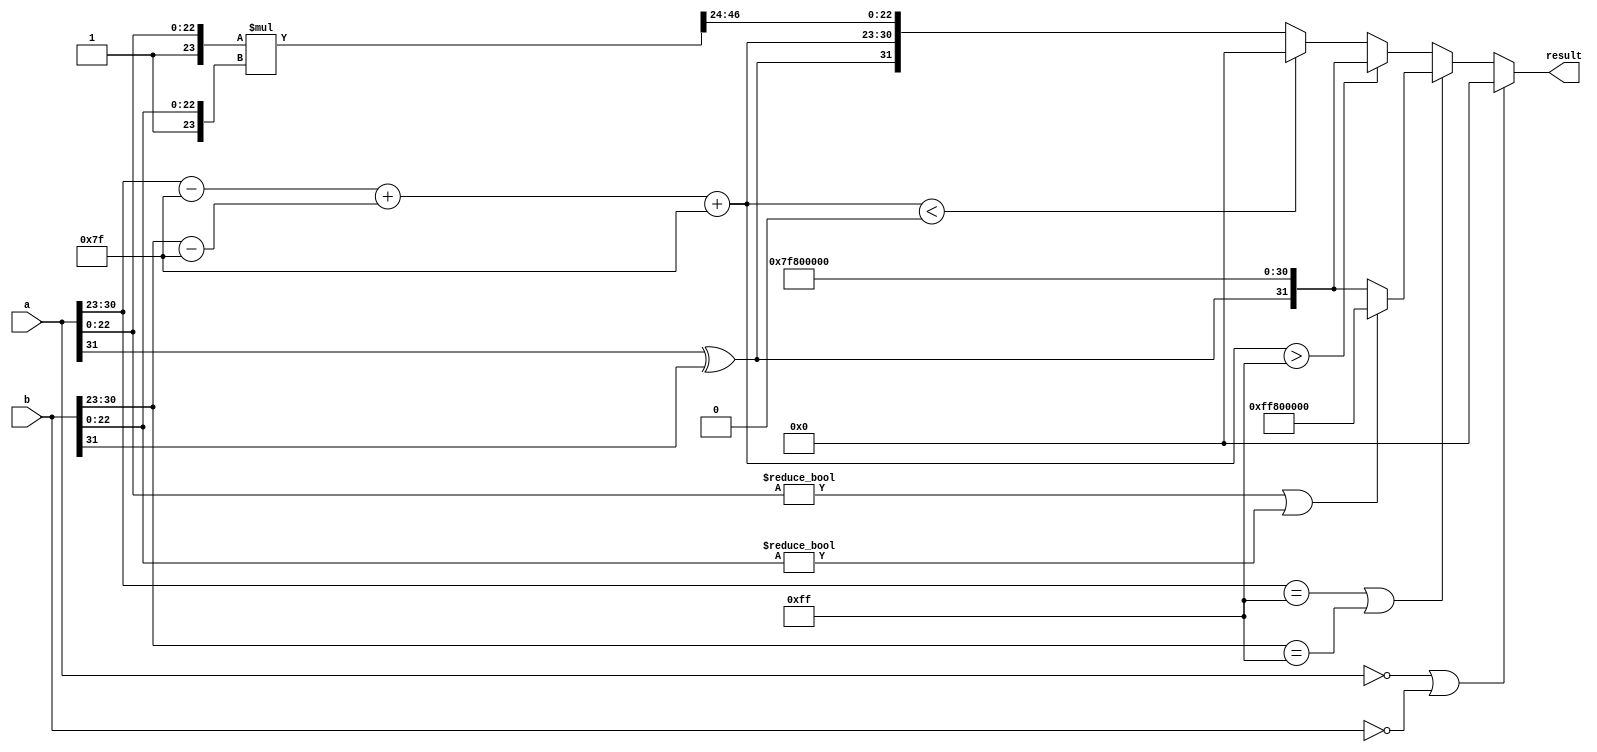
module floating_point_multiplier (
    input  wire [31:0] a, // First floating-point input
    input  wire [31:0] b, // Second floating-point input
    output reg  [31:0] result // Resulting floating-point output
);

    // Constants
    localparam EXPONENT_BIAS = 127;
    localparam EXPONENT_MAX = 255;
    localparam EXPONENT_MIN = 0;

    // Internal signals
    wire sign_a, sign_b, sign_result;
    wire [7:0] exp_a, exp_b, exp_result;
    wire [22:0] mant_a, mant_b;
    wire [47:0] mant_result; // 23 + 23 + 1 for the implicit leading bit
    wire [7:0] exp_a_adjusted, exp_b_adjusted;

    // Extract sign, exponent, and mantissa
    assign sign_a = a[31];
    assign exp_a = a[30:23];
    assign mant_a = a[22:0];

    assign sign_b = b[31];
    assign exp_b = b[30:23];
    assign mant_b = b[22:0];

    // Adjust exponents
    assign exp_a_adjusted = exp_a - EXPONENT_BIAS;
    assign exp_b_adjusted = exp_b - EXPONENT_BIAS;

    // Calculate sign of the result
    assign sign_result = sign_a ^ sign_b;

    // Multiply mantissas (with implicit leading 1)
    assign mant_result = {1'b1, mant_a} * {1'b1, mant_b};

    // Calculate resulting exponent
    wire [8:0] exp_result_raw = exp_a_adjusted + exp_b_adjusted + EXPONENT_BIAS;
    assign exp_result = exp_result_raw[7:0];

    always @(*) begin
        // Handle special cases
        if (a == 32'b0 || b == 32'b0) begin
            // If either input is zero, the result is zero
            result = 32'b0;
        end else if (exp_a == EXPONENT_MAX || exp_b == EXPONENT_MAX) begin
            // Handle NaN and infinity
            if (mant_a != 0 || mant_b != 0) begin
                // At least one input is NaN
                result = {1'b1, 8'hFF, 23'b0}; // NaN representation
            end else begin
                // Both inputs are infinity
                result = {sign_result, 8'hFF, 23'b0}; // Infinity representation
            end
        end else if (exp_result > EXPONENT_MAX) begin
            // Overflow
            result = {sign_result, 8'hFF, 23'b0}; // Set to infinity
        end else if (exp_result < EXPONENT_MIN) begin
            // Underflow
            result = 32'b0; // Set to zero
        end else begin
            // Normal case: Assemble result
            result = {sign_result, exp_result, mant_result[46:24]}; // Take the top 23 bits of mant_result
        end
    end
endmodule